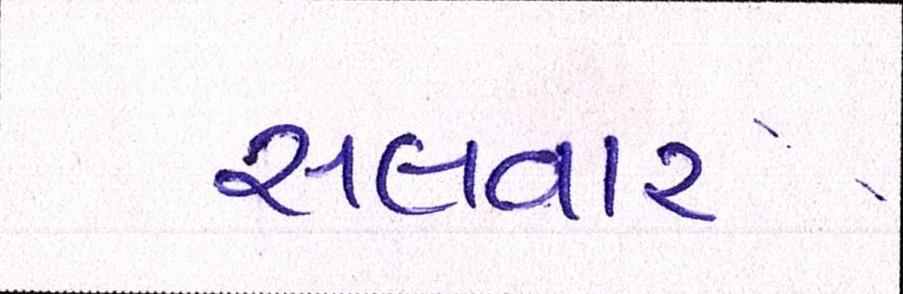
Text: સલવાર